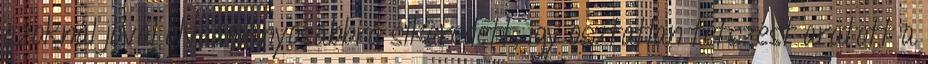
azoknál jóval olvasmányosabbra sikeredett, így osztatlan tetszést aratott a